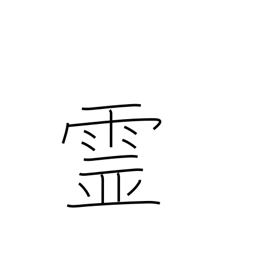
Meaning: spirits